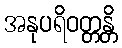
အနုပရိဝတ္တန္တိ